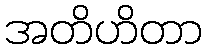
အတိဟိတာ